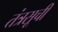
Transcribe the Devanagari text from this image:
तंत्रसूची